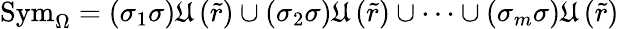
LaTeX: \mathrm{Sym}_{\Omega}=\left(\sigma_{1}\sigma\right)\mathfrak{U}\left(\tilde{r}\right)\cup\left(\sigma_{2}\sigma\right)\mathfrak{U}\left(\tilde{r}\right)\cup\cdots\cup\left(\sigma_{m}\sigma\right)\mathfrak{U}\left(\tilde{r}\right)